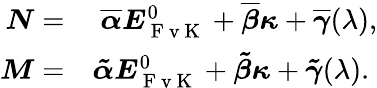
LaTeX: \begin{array}{rl}{\boldsymbol{{N}}=}&{{}\; \boldsymbol{{\overline{{\alpha}}}}\boldsymbol{{E}}_{\mathrm{~F~v~K~}}^{0}+\boldsymbol{{\overline{{\beta}}}}\boldsymbol{{\kappa}}+\boldsymbol{{\overline{{\gamma}}}}(\lambda),}\\ {\boldsymbol{{M}}=}&{{}\boldsymbol{{\tilde{\alpha}}}\boldsymbol{{E}}_{\mathrm{~F~v~K~}}^{0}+\boldsymbol{{\tilde{\beta}}}\boldsymbol{{\kappa}}+\boldsymbol{{\tilde{\gamma}}}(\lambda).}\end{array}